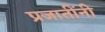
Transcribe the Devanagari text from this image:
प्रजातींनी